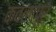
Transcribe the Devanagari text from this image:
कवलापूर